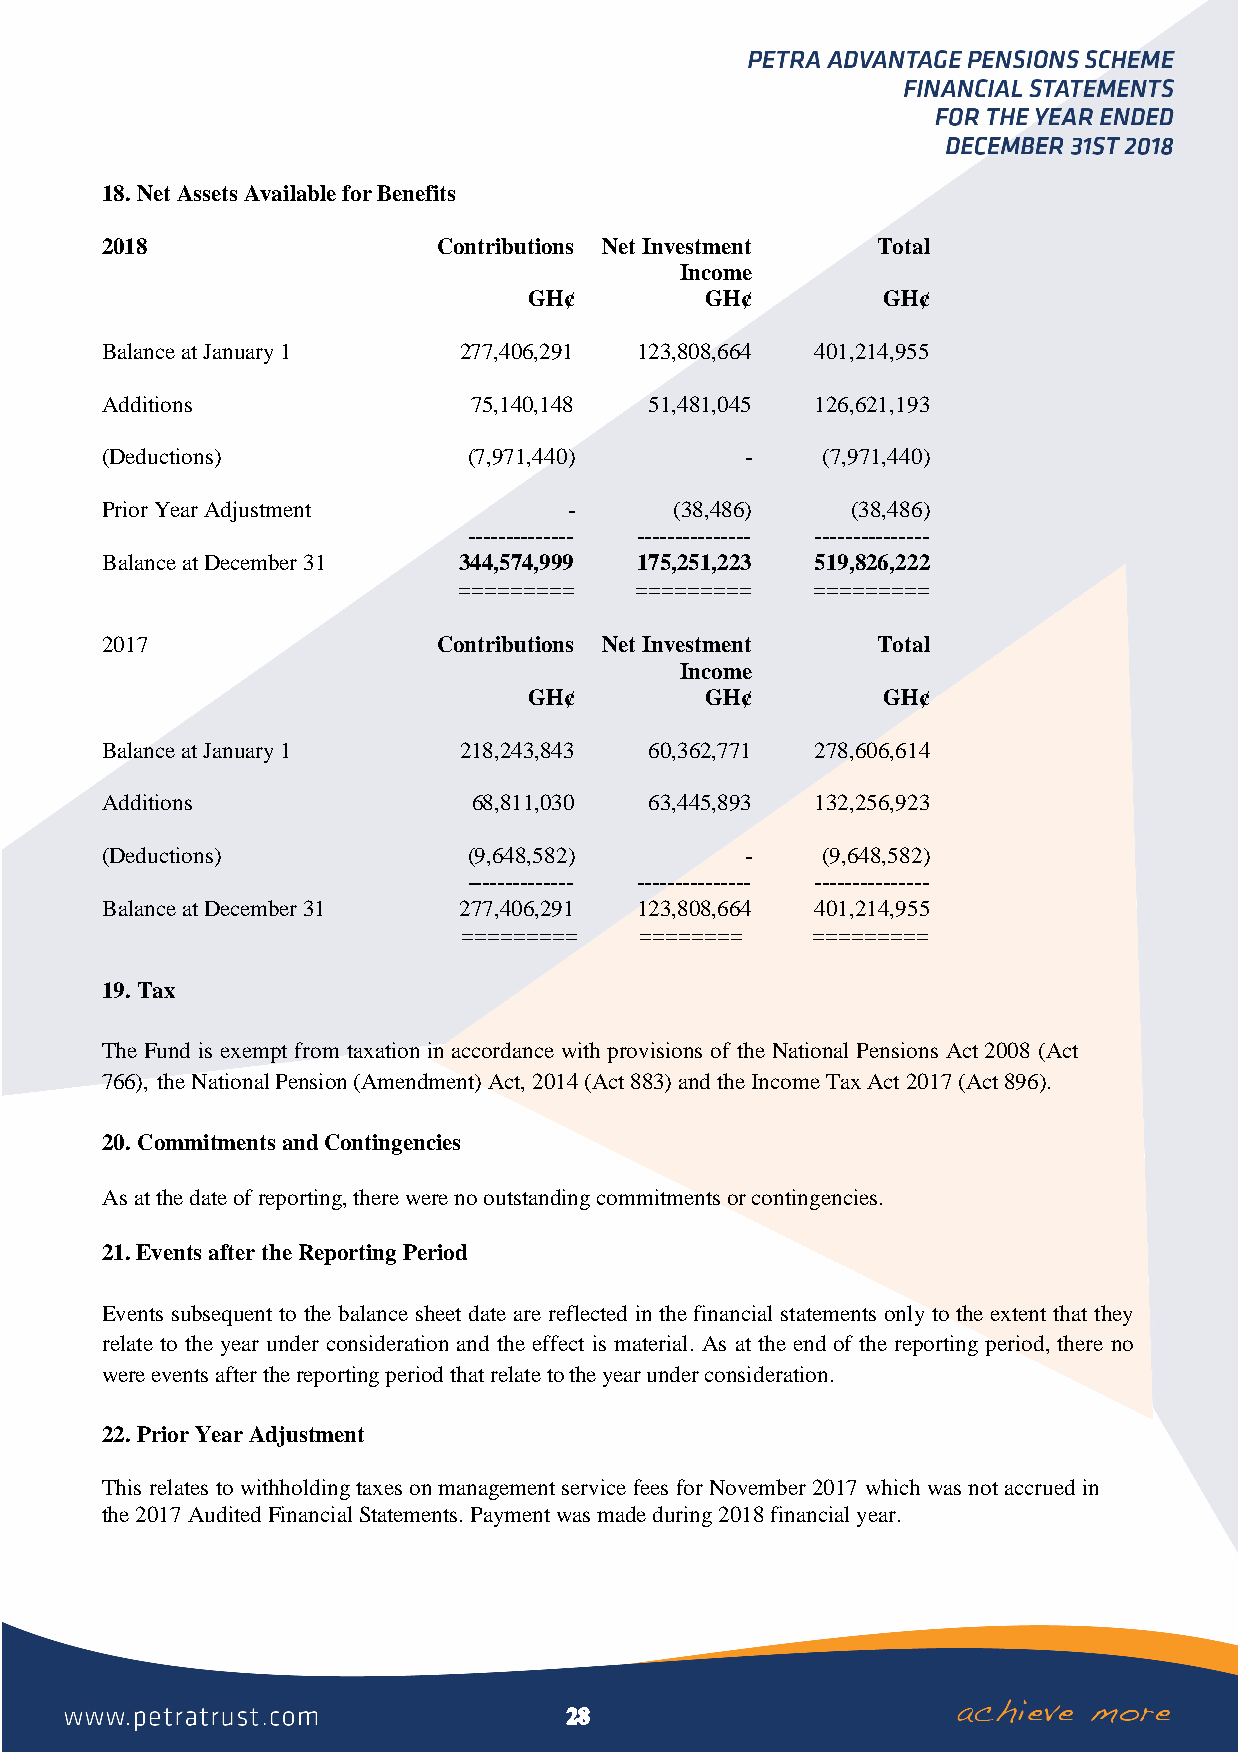
18. Net Assets Available for Benefits
 2018                  Contributions Net Investment Total
 Income
 GH¢         GH¢        GH¢
 Balance at January 1   277,406,291 123,808,664 401,214,955
 Additions               75,140,148  51,481,045 126,621,193
 (Deductions)            (7,971,440)       -    (7,971,440)
 Prior Year Adjustment          -      (38,486)   (38,486)
 -------------- --------------- ---------------
 Balance at December 31 344,574,999 175,251,223 519,826,222
 =========   =========   =========
 2017                  Contributions Net Investment Total
 Income
 GH¢         GH¢        GH¢
 Balance at January 1   218,243,843  60,362,771 278,606,614
 Additions               68,811,030  63,445,893 132,256,923
 (Deductions)            (9,648,582)       -    (9,648,582)
 -------------- --------------- ---------------
 Balance at December 31 277,406,291 123,808,664 401,214,955
 =========  ========    =========
 19. Tax
 The Fund is exempt from taxation in accordance with provisions of the National Pensions Act 2008 (Act
 766), the National Pension (Amendment) Act, 2014 (Act 883) and the Income Tax Act 2017 (Act 896).
 20. Commitments and Contingencies
 As at the date of reporting, there were no outstanding commitments or contingencies.
 21. Events after the Reporting Period
 Events subsequent to the balance sheet date are reflected in the financial statements only to the extent that they
 relate to the year under consideration and the effect is material. As at the end of the reporting period, there no
 were events after the reporting period that relate to the year under consideration.
 22. Prior Year Adjustment
 This relates to withholding taxes on management service fees for November 2017 which was not accrued in
 the 2017 Audited Financial Statements. Payment was made during 2018 financial year.
 28